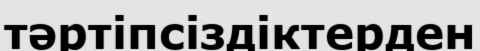
тәртіпсіздіктерден